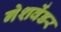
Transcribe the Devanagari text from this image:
गेशवेंडर